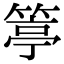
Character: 𥯢